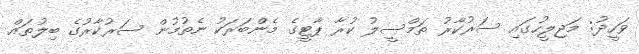
ވަހީދު: މަޖިލީހުގައި ސަރުކާރު ތަމްސީލު ކުރާ ޕާޓީގެ މެންބަރަކު ނެތުމުން ސަރުކާރުގެ ބިލުތައް